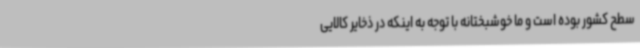
سطح کشور بوده است و ما خوشبختانه با توجه به اینکه در ذخایر کالایی